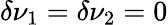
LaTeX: \delta\nu_{1}=\delta\nu_{2}=0